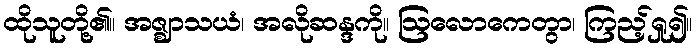
ထိုသူတို့၏။ အဇ္ဈာသယံ၊ အလိုဆန္ဒကို။ ဩလောကေတွာ၊ ကြည့်ရှု၍။